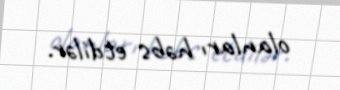
olanları həbs etdilər.